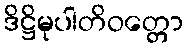
ဒိဋ္ဌိမုပါတိဝတ္တော